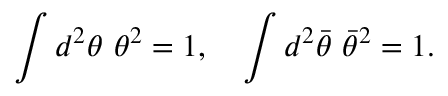
\int d ^ { 2 } \theta \ \theta ^ { 2 } = 1 , \quad \int d ^ { 2 } { \bar { \theta } } \ { \bar { \theta } } ^ { 2 } = 1 .